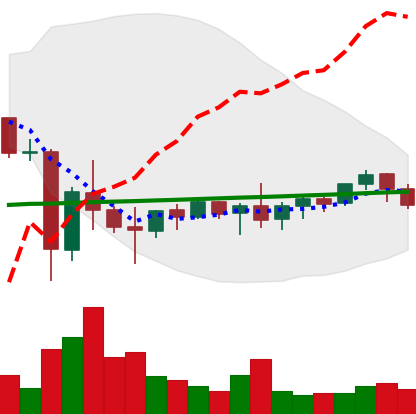
Ticker: XMR-USD
Chart end date: 2021-06-05
Forward return: -3.387%
Label: down_3_5